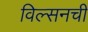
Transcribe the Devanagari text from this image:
विल्सनची